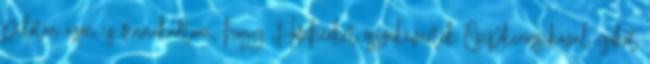
piloton azon is fennakadtam, hogy Hófehérkét összekeverték Csipkerózsikával csókot